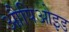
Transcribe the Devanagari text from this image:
औपिओइड